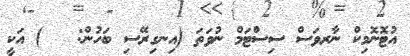
އުޓޮނޮމިކް ނާރވަސް ސިސްޓަމް ނުވަތަ (އިނގިރޭސި ބަހުން:   ) އަކީ